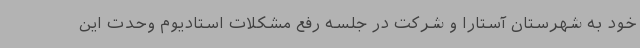
خود به شهرستان آستارا و شرکت در جلسه رفع مشکلات استادیوم وحدت این